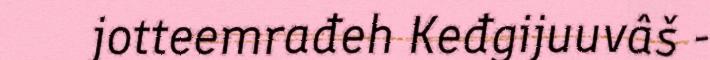
jotteemrađeh Keđgijuuvâš -